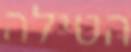
הטילה